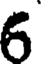
6